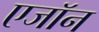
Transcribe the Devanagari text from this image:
एजॉन